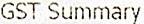
GST SUMMARY